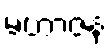
မဟာဇနံ